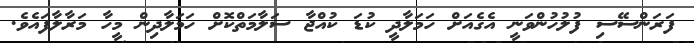
ފަރަންސޭސި ފުލުހުންވަނީ އެގެއަށް ހަމަލާދީ ކުޑަ ކުއްޖާ ސަލާމަތްކޮށް ހަމަލާދިން މީހާ މަރާލާފައެވެ.